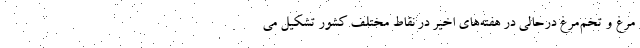
مرغ و تخم‌مرغ درحالی در هفته‌های اخیر در نقاط مختلف کشور تشکیل می